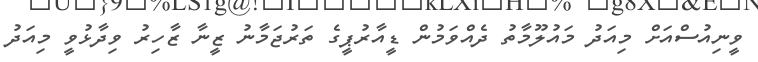
ވީނިއުސްއަށް މިއަދު މައުލޫމާތު ދެއްވަމުން ޑީއާރުޕީގެ ތަރުޖަމާނު ޒީނާ ޒާހިރު ވިދާޅުވީ މިއަދު